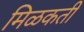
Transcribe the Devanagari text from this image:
मिळकती